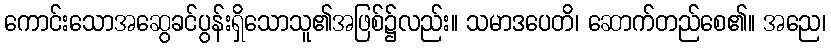
ကောင်းသောအဆွေခင်ပွန်းရှိသောသူ၏အဖြစ်၌လည်း။ သမာဒပေတိ၊ ဆောက်တည်စေ၏။ အညေ၊